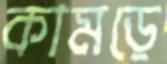
কামড়ে